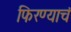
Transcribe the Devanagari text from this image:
फिरण्याचं